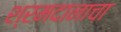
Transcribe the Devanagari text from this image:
श्रमदानाचा